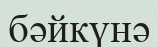
бәйкүнә